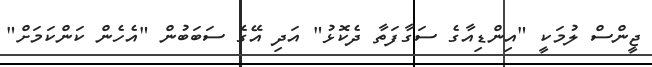
ޖީންސް ލުމަކީ "އިންޑިއާގެ ސަގާފަތާ ދެކޮޅު" އަދި އޭގެ ސަބަބުން "އެހެން ކަންކަމަށް"